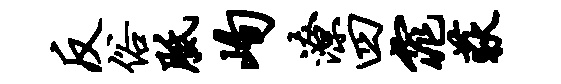
反俗胝峋潦四窕荻